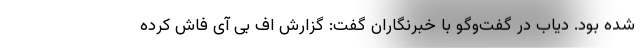
شده بود. دیاب در گفت‌وگو با خبرنگاران گفت: گزارش اف بی آی فاش کرده